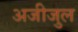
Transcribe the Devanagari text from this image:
अजीजुल